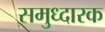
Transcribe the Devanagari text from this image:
समुध्दारक